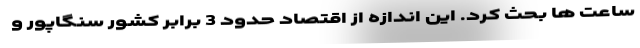
ساعت­ ها بحث کرد. این اندازه از اقتصاد حدود 3 برابر کشور سنگاپور و